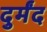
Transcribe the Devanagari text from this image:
दुर्मंद